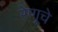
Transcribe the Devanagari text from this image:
रेणूचे